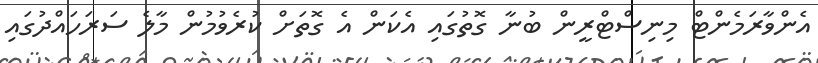
އެންވާރަމެންޓް މިނިސްޓްރީން ބުނާ ގޮތުގައި އެކަން އެ ގޮތަށް ކުރެވުމުން މާލެ ސަރަހައްދުގައި